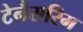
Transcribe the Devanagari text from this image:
टेनैसरिम